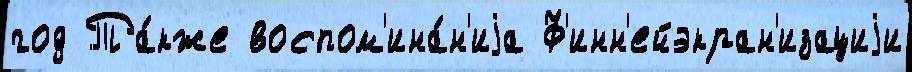
год Та́кже воспом'ина́н'иjа Ф'инн'ейэкран'изациjи